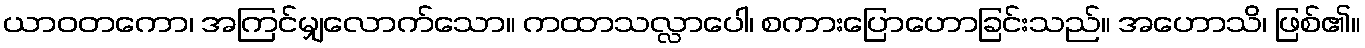
ယာဝတကော၊ အကြင်မျှလောက်သော။ ကထာသလ္လာပေါ၊ စကားပြောဟောခြင်းသည်။ အဟောသိ၊ ဖြစ်၏။